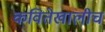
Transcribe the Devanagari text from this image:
कवितेखालीच